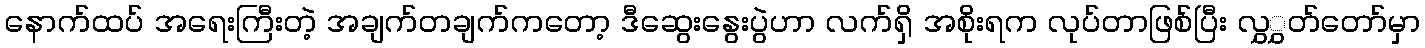
နောက်ထပ် အရေးကြီးတဲ့ အချက်တချက်ကတော့ ဒီဆွေးနွေးပွဲဟာ လက်ရှိ အစိုးရက လုပ်တာဖြစ်ပြီး လွှွှတ်တော်မှာ